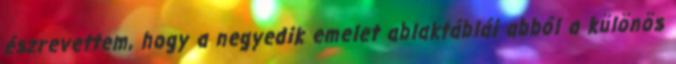
észrevettem, hogy a negyedik emelet ablaktáblái abból a különös